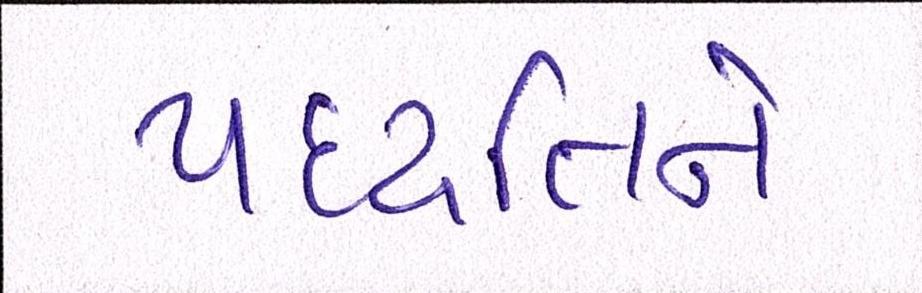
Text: પદ્ધતિને